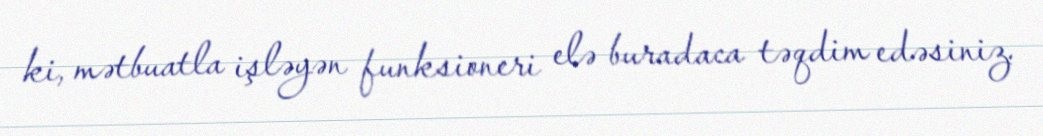
ki, mətbuatla işləyən funksioneri elə buradaca təqdim edəsiniz.